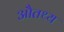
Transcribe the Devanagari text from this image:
औतथ्य